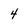
Character: 4